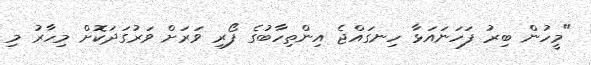
"މީހުން ބިރު ފަހަނައަޅާ ހިނގައްޖެ އިންތިހާބުގެ ފޯރި ވަރަށް ވަރުގަދަކޮށް މިހާރު މި